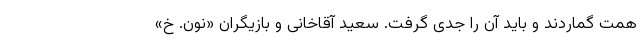
همت گماردند و باید آن را جدی گرفت. سعید آقاخانی و بازیگران «نون. خ»